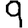
Digit: 9